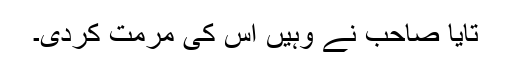
تایا صاحب نے وہیں اس کی مرمت کردی۔